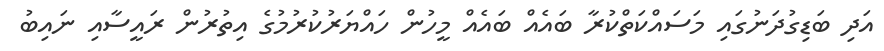
އަދި ބަޑިގުދަނުގައި މަސައްކަތްކުރާ ބައެއް ބައެއް މީހުން ހައްޔަރުކުރުމުގެ އިތުރުން ރައީސާއި ނައިބު